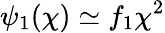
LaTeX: \psi_{1}(\chi)\simeq f_{1}\chi^{2}